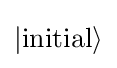
|\mathrm {initial} \rangle